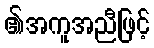
၏အကူအညီဖြင့်